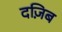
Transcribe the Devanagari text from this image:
दज़िब